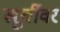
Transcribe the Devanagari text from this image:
खूर्चीवर